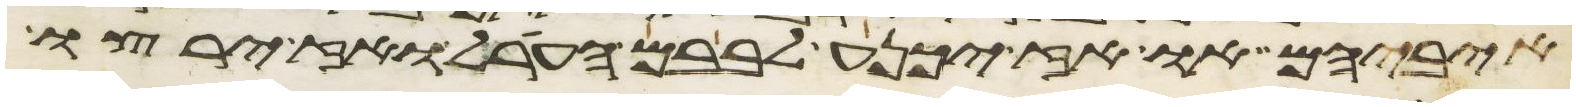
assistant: איביהם או אז יכנע לבבם הערל ואז ירצו